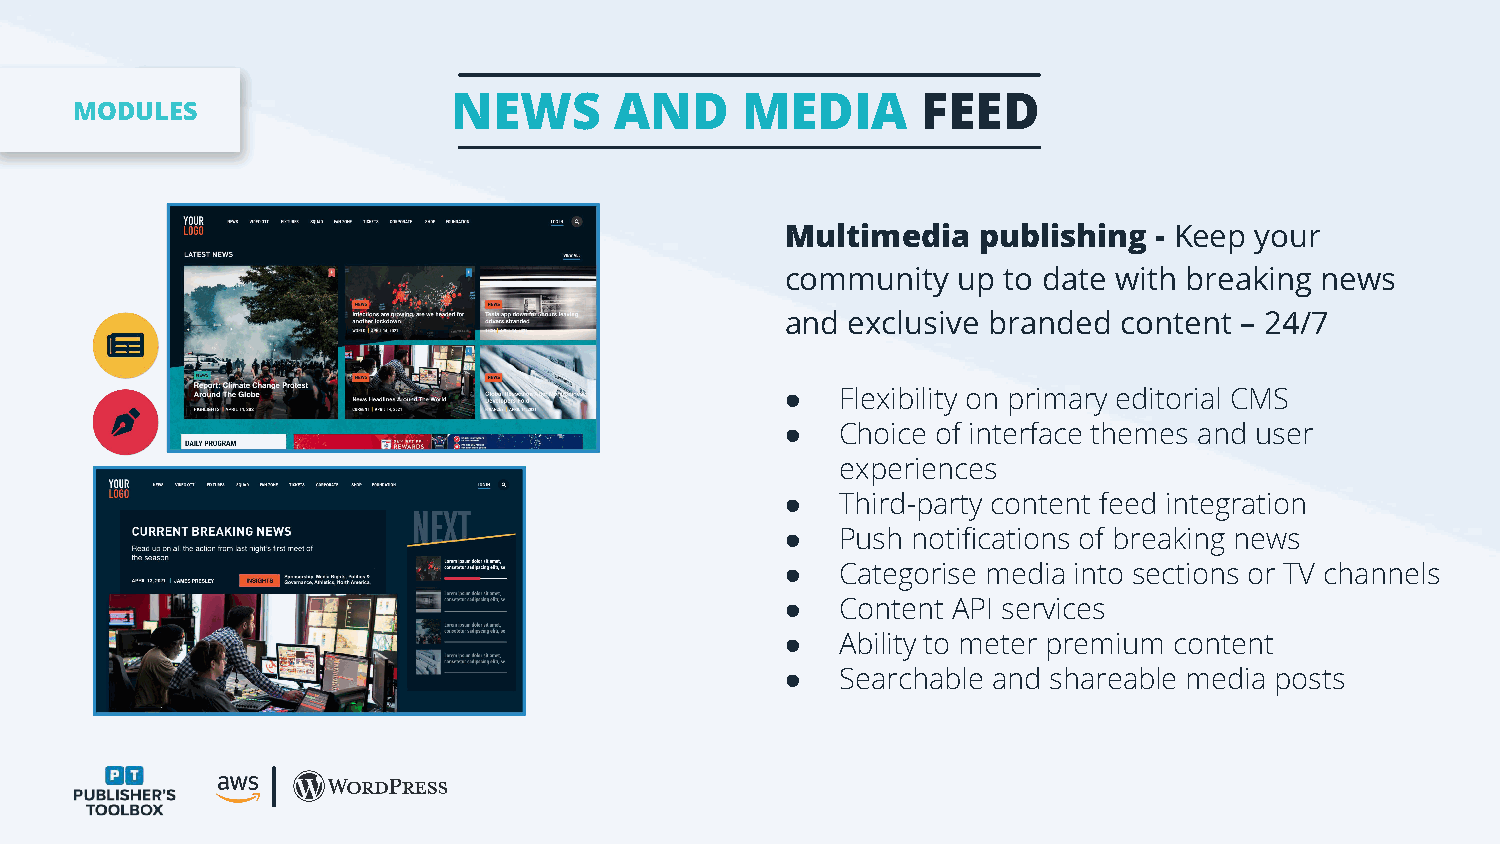
NEWS       AND     MEDIA       FEED
 MODULES
 Multimedia   publishing - Keep your
 community  up to date with breaking news
 and exclusive branded content – 24/7
 ●   Flexibility on primary editorial CMS
 ●   Choice of interface themes and user
 experiences
 ●   Third-party content feed integration
 ●   Push notifications of breaking news
 ●   Categorise media into sections or TV channels
 ●   Content API services
 ●   Ability to meter premium content
 ●   Searchable and shareable media posts